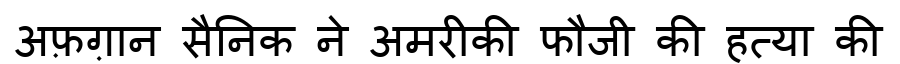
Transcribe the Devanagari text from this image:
अफ़ग़ान सैनिक ने अमरीकी फौजी की हत्या की